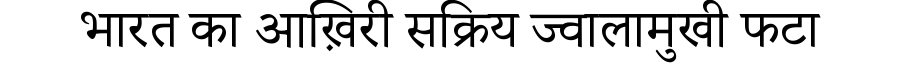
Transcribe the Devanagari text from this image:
भारत का आख़िरी सक्रिय ज्वालामुखी फटा